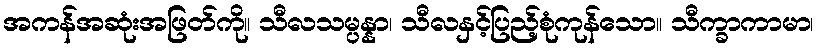
အကန်အဆုံးအဖြတ်ကို။ သီလသမ္ပန္နာ၊ သီလနှင့်ပြည့်စုံကုန်သော။ သီက္ခာကာမာ၊